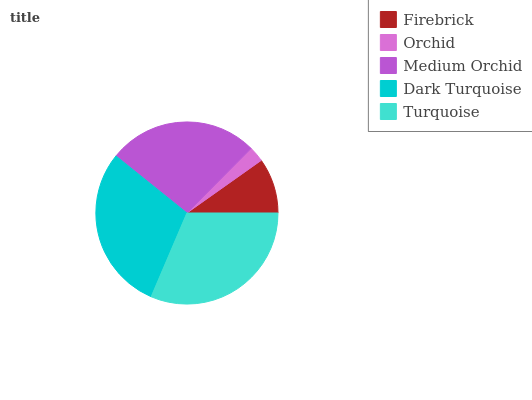
| Firebrick | Orchid | Medium Orchid | Dark Turquoise | Turquoise |
 | --- | --- | --- | --- | --- |
 | 9.81% | 2.74% | 26.8% | 29.3% | 31.4% |